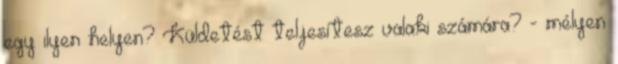
egy ilyen helyen? Küldetést teljesítesz valaki számára? - mélyen